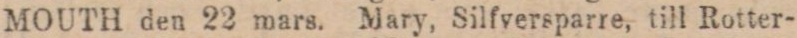
MOUTH den 22 mars. Mary, Silfversparre, till Rotter-